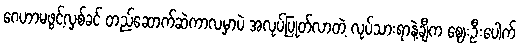
ဂေဟာမဖွင့်လှစ်ခင် တည်ဆောက်ဆဲကာလမှာပဲ အလုပ်ပြုတ်လာတဲ့ လုပ်သားရာနဲ့ချီက ဈေးဦးပေါက်